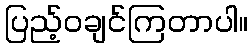
ပြည့်ဝချင်ကြတာပါ။